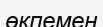
өкпемен